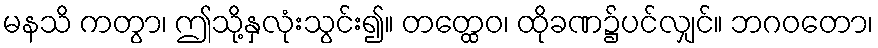
မနသိ ကတွာ၊ ဤသို့နှလုံးသွင်း၍။ တတ္ထေဝ၊ ထိုခဏ၌ပင်လျှင်။ ဘဂဝတော၊